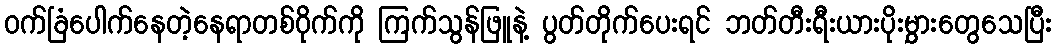
ဝက်ခြံပေါက်နေတဲ့နေရာတစ်ဝိုက်ကို ကြက်သွန်ဖြူနဲ့ ပွတ်တိုက်ပေးရင် ဘတ်တီးရီးယားပိုးမွှားတွေသေပြီး